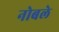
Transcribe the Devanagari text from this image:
नोबले